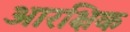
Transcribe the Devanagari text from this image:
आरक्षिक